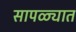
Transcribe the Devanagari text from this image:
सापळ्यात